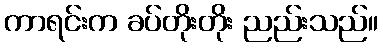
ကာရင်းက ခပ်တိုးတိုး ညည်းသည်။